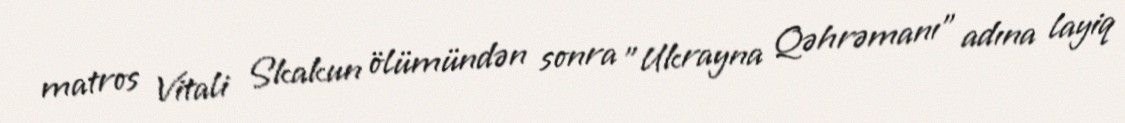
matros Vitali Skakun ölümündən sonra "Ukrayna Qəhrəmanı" adına layiq